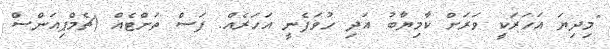
"މިދިޔަ އަހަރަކީ ވަރަށް ކާމިޔާބު އަދި ހުވަފެނީ އަހަރެއް. ފަސް ތަށްޓެއް (ޗެމްޕިއަންސް